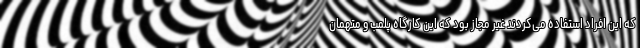
که این افراد استفاده می‌کردند غیر مجاز بود که این کارگاه پلمب و متهمان